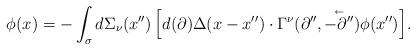
LaTeX: \begin{align*}\phi (x)=-\int_\sigma {d\Sigma _\nu (x'')\left[ {d (\partial )\Delta (x-x'')\cdot \Gamma ^\nu (\partial '',\mathord{\buildrel{\lower3pt\hbox{$\scriptscriptstyle\leftarrow$}}\over {-\partial''} } )\phi (x'')} \right]}. \end{align*}